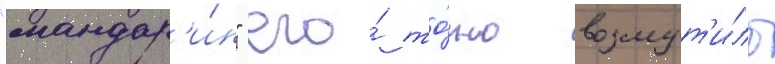
"мандар'и́н" его́ то́чно возмут'и́ло